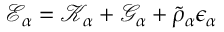
\mathscr { E } _ { \alpha } = \mathscr { K } _ { \alpha } + \mathscr { G } _ { \alpha } + \tilde { \rho } _ { \alpha } \epsilon _ { \alpha }